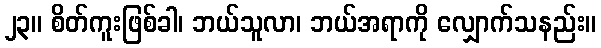
၂၃။ စိတ်ကူးဖြစ်ခါ၊ ဘယ်သူလာ၊ ဘယ်အရာကို လျှောက်သနည်း။